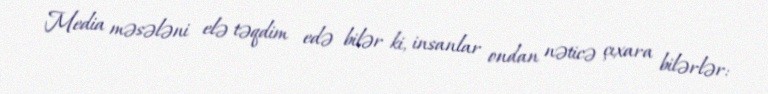
Media məsələni elə təqdim edə bilər ki, insanlar ondan nəticə çıxara bilərlər: